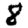
Digit: 8